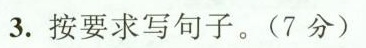
3. 按要求写句子。(7分)